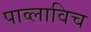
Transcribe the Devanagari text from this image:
पाव्लाविच